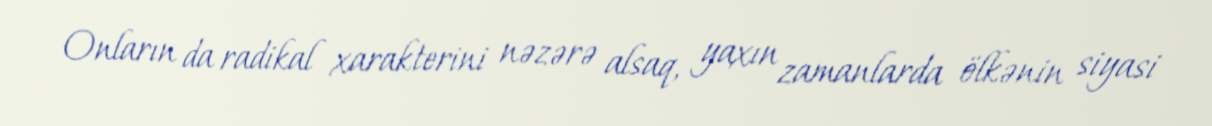
Onların da radikal xarakterini nəzərə alsaq, yaxın zamanlarda ölkənin siyasi